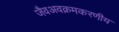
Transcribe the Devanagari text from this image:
जैवअवक्रमकरणीय